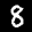
Label: 8